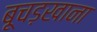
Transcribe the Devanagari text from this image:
बूचड़खाना